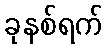
ခုနစ်ရက်